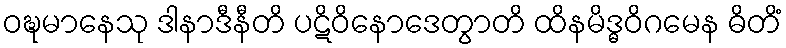
ဝဍ္ဎမာနေသု ဒါနာဒီနီတိ ပဋိဝိနောဒေတွာတိ ထိနမိဒ္ဓဝိဂမေန ဓိတိံ